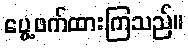
ပွေ့ဖက်ထားကြသည်။